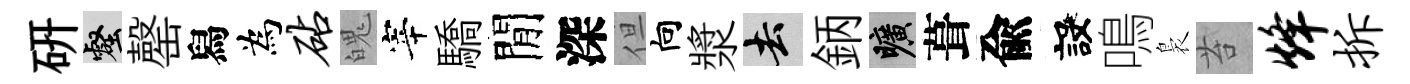
硏壑罄舄為砧魄宰驕閒深但向漿去鈵曠葺兪設鳴裊苔烽拆